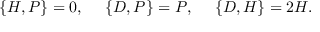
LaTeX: \{ H , P \} = 0 , \ \ \ \ \{ D , P \} = P , \ \ \ \ \{ D , H \} = 2 H .